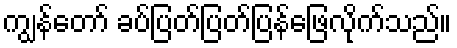
ကျွန်တော် ခပ်ပြတ်ပြတ်ပြန်ဖြေလိုက်သည်။